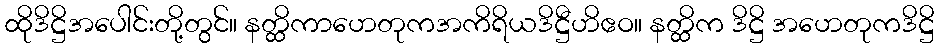
ထိုဒိဋ္ဌိအပေါင်းတို့တွင်။ နတ္ထိကာဟေတုကအကိရိယဒိဋ္ဌီဟိဧဝ။ နတ္ထိက ဒိဋ္ဌိ အဟေတုကဒိဋ္ဌိ